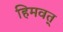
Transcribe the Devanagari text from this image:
हिमवत्